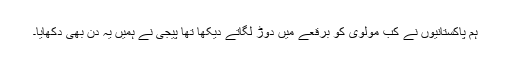
ہم پاکستانیوں نے کب مولوی کو برقعے میں دوڑ لگاتے دیکھا تھا پیجی نے ہمیں یہ دن بھی دکھایا۔